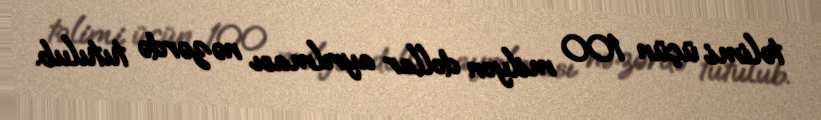
təlimi üçün 100 milyon dollar ayrılması nəzərdə tutulub.